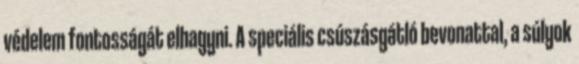
védelem fontosságát elhagyni. A speciális csúszásgátló bevonattal, a súlyok